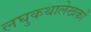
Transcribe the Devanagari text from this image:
लघुकथालेखकों